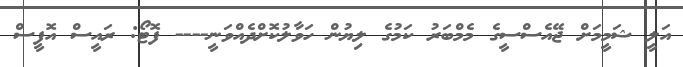
އަލީ ޝަމީމަށް ޖޭއެސްސީގެ މެމްބަރު ކަމުގެ ލިޔުން ހަވާލުކޮށްދެއްވަނީ---- ފޮޓޯ: ރައީސް އޮފީސް